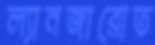
ল্যানজারোত